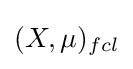
(X,\mu )_{fcl}